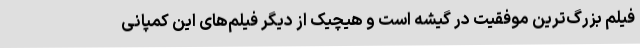
فیلم بزرگ‌ترین موفقیت در گیشه است و هیچیک از دیگر فیلم‌های این کمپانی